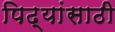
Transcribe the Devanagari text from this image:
पिढ्यांसाठी